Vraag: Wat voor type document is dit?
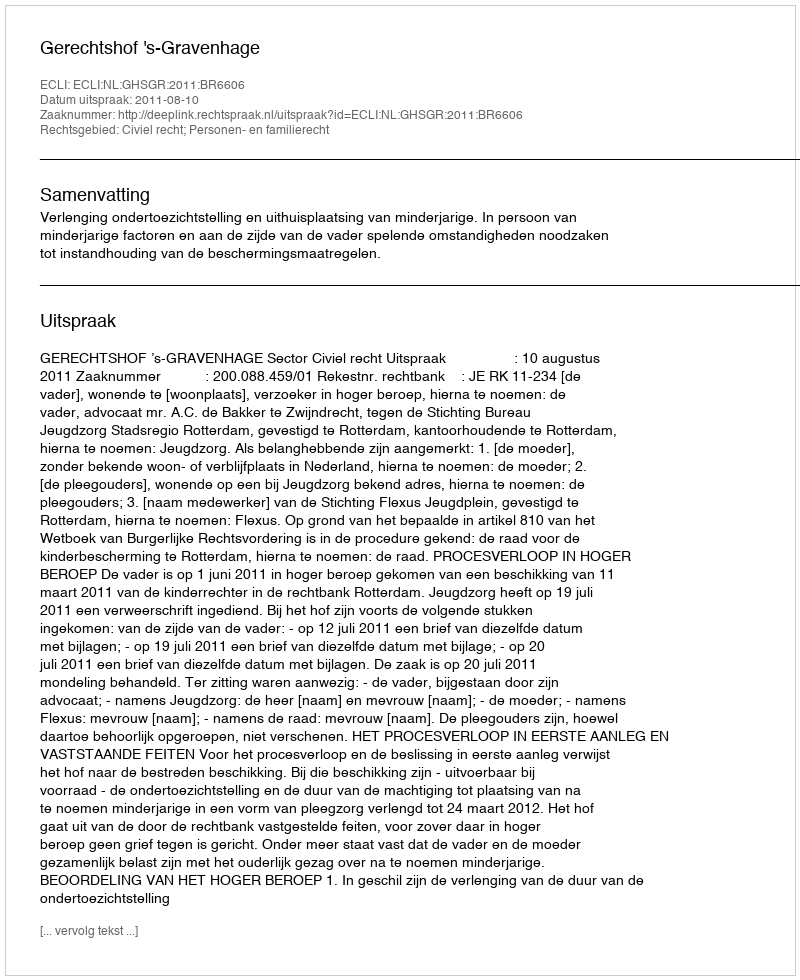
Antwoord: Uitspraak